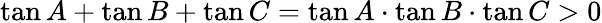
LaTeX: \tan A+\tan B+\tan C=\tan A\cdot\tan B\cdot\tan C>0